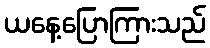
ယနေ့ပြောကြားသည်